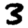
Digit: 3